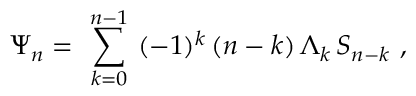
\Psi _ { n } = \ \sum _ { k = 0 } ^ { n - 1 } \ ( - 1 ) ^ { k } \, ( n - k ) \, \Lambda _ { k } \, S _ { n - k } \ ,